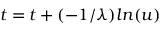
t = t + ( - 1 / \lambda ) l n ( u )